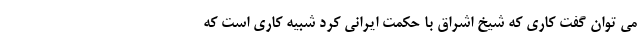
می توان گفت کاری که شیخ اشراق با حکمت ایرانی کرد شبیه کاری است که